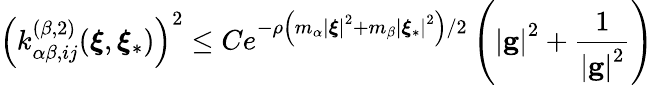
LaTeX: \left(k_{\alpha\beta,ij}^{\left(\beta,2\right)}(\boldsymbol{\xi},\boldsymbol{\xi}_{\ast})\right)^{2}\leq Ce^{-\rho\left(m_{\alpha}\left\vert\boldsymbol{\xi}\right\vert^{2}+m_{\beta}\left\vert\boldsymbol{\xi}_{\ast}\right\vert^{2}\right)/2}\left(\left\vert\mathbf{g}\right\vert^{2}+\frac{1}{\left\vert\mathbf{g}\right\vert^{2}}\right)